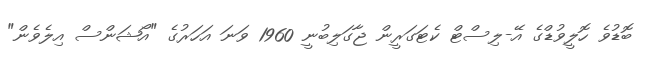
ބޮޑުވެ ހޮލީވުޑްގެ އޭ-ލިސްޓް ކެޓަގަރީން ޖާގަލިބުނީ 1960 ވަނަ އަހަރުގެ "އޯޝަންސް އިލެވެން"